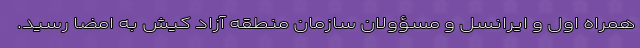
همراه اول و ایرانسل و مسؤولان سازمان منطقه آزاد کیش به امضا رسید.